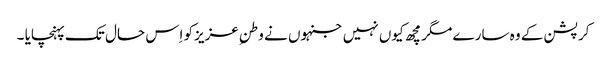
کرپشن کے وہ سارے مگرمچھ کیوں نہیں جنہوں نے وطنِ عزیزکو اِس حال تک پہنچایا ۔